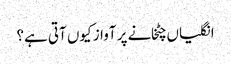
انگلیاں چٹخانے پر آواز کیوں آتی ہے؟